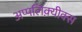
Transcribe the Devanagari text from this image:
अप्पलिक़्यीक्स